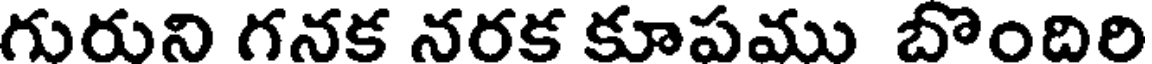
గురుని గనక నరక కూపము బొందిరి